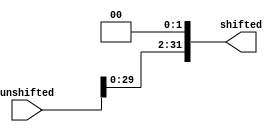
`timescale 1ns / 1ps
//////////////////////////////////////////////////////////////////////////////////
// Company: 
// Engineer: 
// 
// Design Name: 
// Module Name: ShiftLeft2
// Project Name: 
// Target Devices: 
// Tool Versions: 
// Description: 
// 
// Dependencies: 
// 
// Revision:
// Revision 0.01 - File Created
// Additional Comments:
// 
//////////////////////////////////////////////////////////////////////////////////


module ShiftLeft2(unshifted, shifted);
    input [31:0] unshifted;
    output reg [31:0] shifted ;
    
    always@(unshifted) begin
        shifted <= unshifted << 2;
    end

endmodule